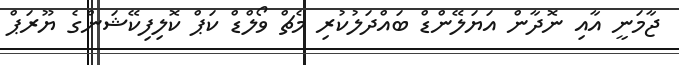
ޖާމަނީ އާއި ނޮދާން އަޔަލޭންޑް ބައްދަލުކުރި މެޗް ވޯލްޑް ކަޕް ކޮލިފިކޭޝަންގެ ޔޫރަޕް